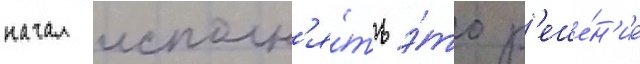
начал исполн'я́ть э́то р'еше́н'ие